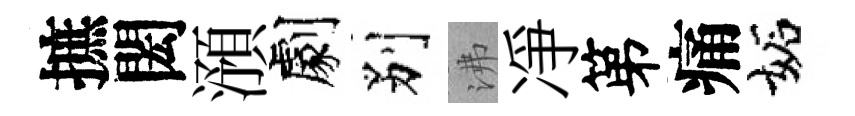
摭閎澦劇别沸凈第痛妬